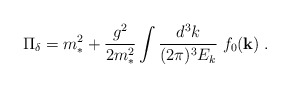
\begin{align*}\Pi_{\delta} = m_*^2 + { g^2 \over 2 m_*^2} \int {d^3 k \over (2\pi )^3 E_k} \; f_0({\bf k}) \;.\end{align*}